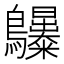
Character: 𪈫